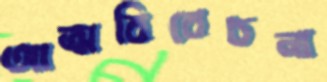
আত্মবিবেচনা